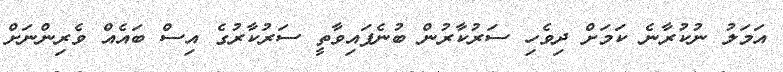
އަމަލު ނުކުރާނެ ކަމަށް ދިވެހި ސަރުކާރުން ބުނެފައިވާތީ ސަރުކާރުގެ އިސް ބައެއް ވެރިންނަށް